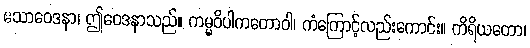
ဧသာဝေဒနာ၊ ဤဝေဒနာသည်။ ကမ္မဝိပါကတောဝါ၊ ကံကြောင့်လည်းကောင်း။ ကိရိယတော၊